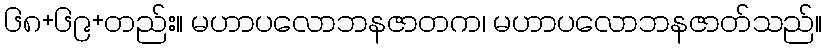
၆၈+၆၉+တည်း။ မဟာပလောဘနဇာတက၊ မဟာပလောဘနဇာတ်သည်။